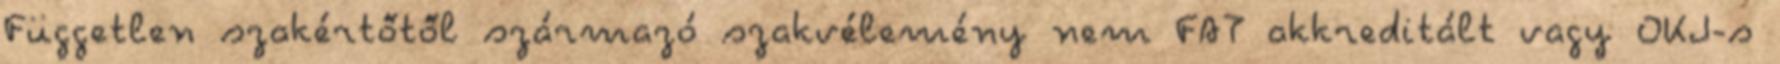
Független szakértőtől származó szakvélemény nem FAT akkreditált vagy OKJ-s